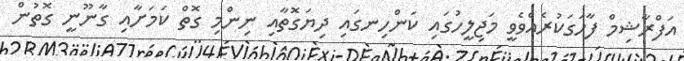
އަފްރާޝިމް ފާހަގަކުރެއްވެވީ މަޖިލީހުގައި ކަންހިނގައި ދިޔަގޮތާއި ނިންމި ގޮތް ކަމަށާއި ގާނޫނީ ގޮތުން